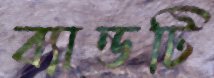
ব্যান্ডটি